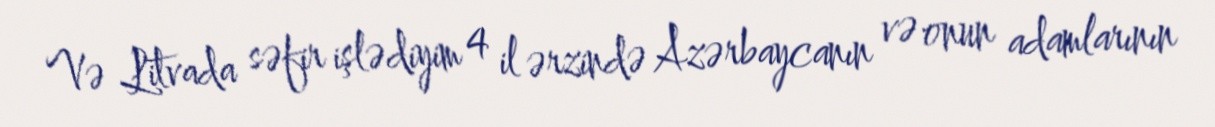
Və Litvada səfir işlədiyim 4 il ərzində Azərbaycanın və onun adamlarının